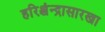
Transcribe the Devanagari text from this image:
हरिश्चंन्द्रासारखा